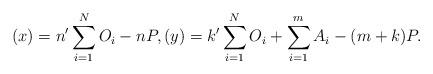
LaTeX: \begin{align*} (x) = n^\prime \sum_{i=1}^N O_i - n P, (y) = k^\prime \sum_{i=1}^N O_i + \sum_{i=1}^m A_i -(m+k) P.\end{align*}